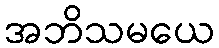
အဘိသမယေ